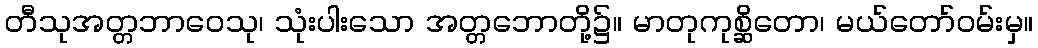
တီသုအတ္တဘာဝေသု၊ သုံးပါးသော အတ္တဘောတို့၌။ မာတုကုစ္ဆိတော၊ မယ်တော်ဝမ်းမှ။